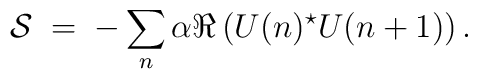
{\cal S} \; = \; - \sum_n \alpha \Re \left( U(n)^\star U(n+1) \right).